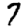
Digit: 7